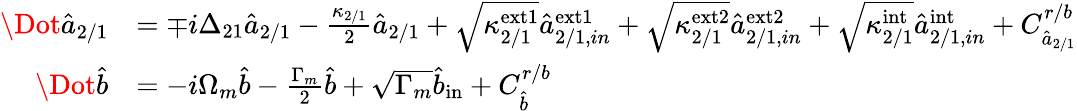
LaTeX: \begin{array}{rl}{\Dot{\hat{a}}_{2/1}}&{=\mp i\Delta_{21}\hat{a}_{2/1}-\frac{\kappa_{2/1}}{2}\hat{a}_{2/1}+\sqrt{\kappa_{2/1}^{\mathrm{ext1}}}\hat{a}_{2/1,in}^{\mathrm{ext1}}+\sqrt{\kappa_{2/1}^{\mathrm{ext2}}}\hat{a}_{2/1,in}^{\mathrm{ext2}}+\sqrt{\kappa_{2/1}^{\mathrm{int}}}\hat{a}_{2/1,in}^{\mathrm{int}}+C_{\hat{a}_{2/1}}^{r/b}}\\ {\Dot{\hat{b}}}&{=-i\Omega_{m}\hat{b}-\frac{\Gamma_{m}}{2}\hat{b}+\sqrt{\Gamma_{m}}\hat{b}_{\mathrm{in}}+C_{\hat{b}}^{r/b}}\end{array}